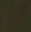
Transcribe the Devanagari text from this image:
वृक्ष